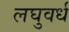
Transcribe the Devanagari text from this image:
लघुवर्ध